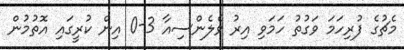
މެޗުގެ ފުރިހަމަ ވަގުތު ހަމަވި އިރު ވެލެންސިއާ 3-0 އިން ކުރީގައި އޮތުމުން